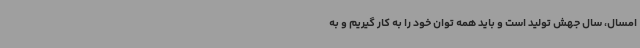
امسال، سال جهش تولید است و باید همه توان خود را به کار گیریم و به